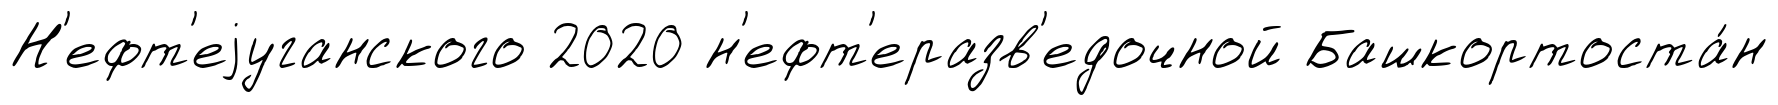
Н'ефт'еjуганского 2020 н'ефт'еразв'едочной Башкортоста́н